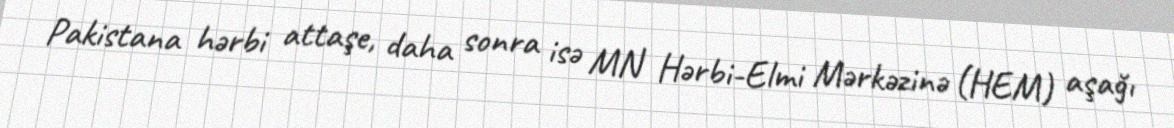
Pakistana hərbi attaşe, daha sonra isə MN Hərbi-Elmi Mərkəzinə (HEM) aşağı